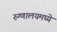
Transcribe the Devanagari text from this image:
रुग्णालयमध्ये